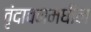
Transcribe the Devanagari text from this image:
वृंदावनमधील